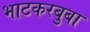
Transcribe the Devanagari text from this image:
भाटकरबुबा